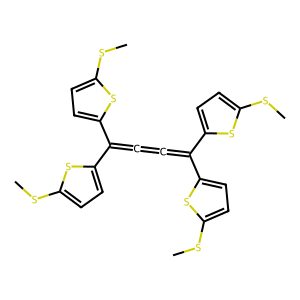
SMILES: CSc1ccc(C(=C=C=C(c2ccc(SC)s2)c2ccc(SC)s2)c2ccc(SC)s2)s1
Inhibits HIV replication: No